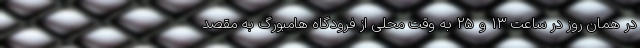
در همان روز در ساعت ۱۳ و ۲۵ به وقت محلی از فرودگاه هامبورگ به مقصد